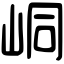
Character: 峒